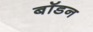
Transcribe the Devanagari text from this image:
बॉडन